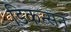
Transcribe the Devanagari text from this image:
डिकन्सन